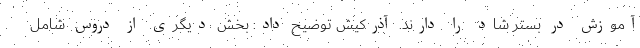
آموزش در بستر شاد را دارند. آذرکیش توضیح داد: بخش دیگری از دروس شامل